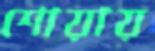
শোয়ায়